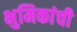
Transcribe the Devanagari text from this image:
भुमिकांची